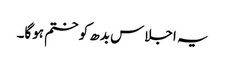
یہ اجلاس بدھ کو ختم ہوگا۔